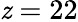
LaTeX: \mathit{z}=22